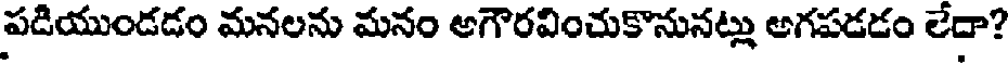
పడియుండడం మనలను మనం అగౌరవించుకొనునట్లు అగపడడం లేదా?